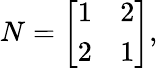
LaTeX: N={\left[\begin{array}{ll}{1}&{2}\\ {2}&{1}\end{array}\right]},